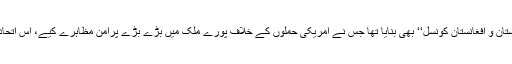
افغانستان پر امریکی حملے کے بعد انہوں نے مذہبی تنظیموں کا ایک اتحاد’’دفاع پاکستان و افغانستان کونسل‘‘ بھی بنایا تھا جس نے امریکی حملوں کے خلاف پورے ملک میں بڑے بڑے پرامن مظاہرے کیے، اس اتحاد میں آئی ایس آئی کے سابق سربراہ جنرل(ر)حمید گل اور شیخ رشید بھی شامل تھے۔